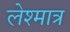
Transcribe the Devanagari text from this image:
लेश्मात्र